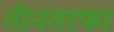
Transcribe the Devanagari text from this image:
तीनतरफा